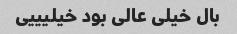
بال خیلی عالی بود خیلیییی